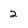
Character: 2